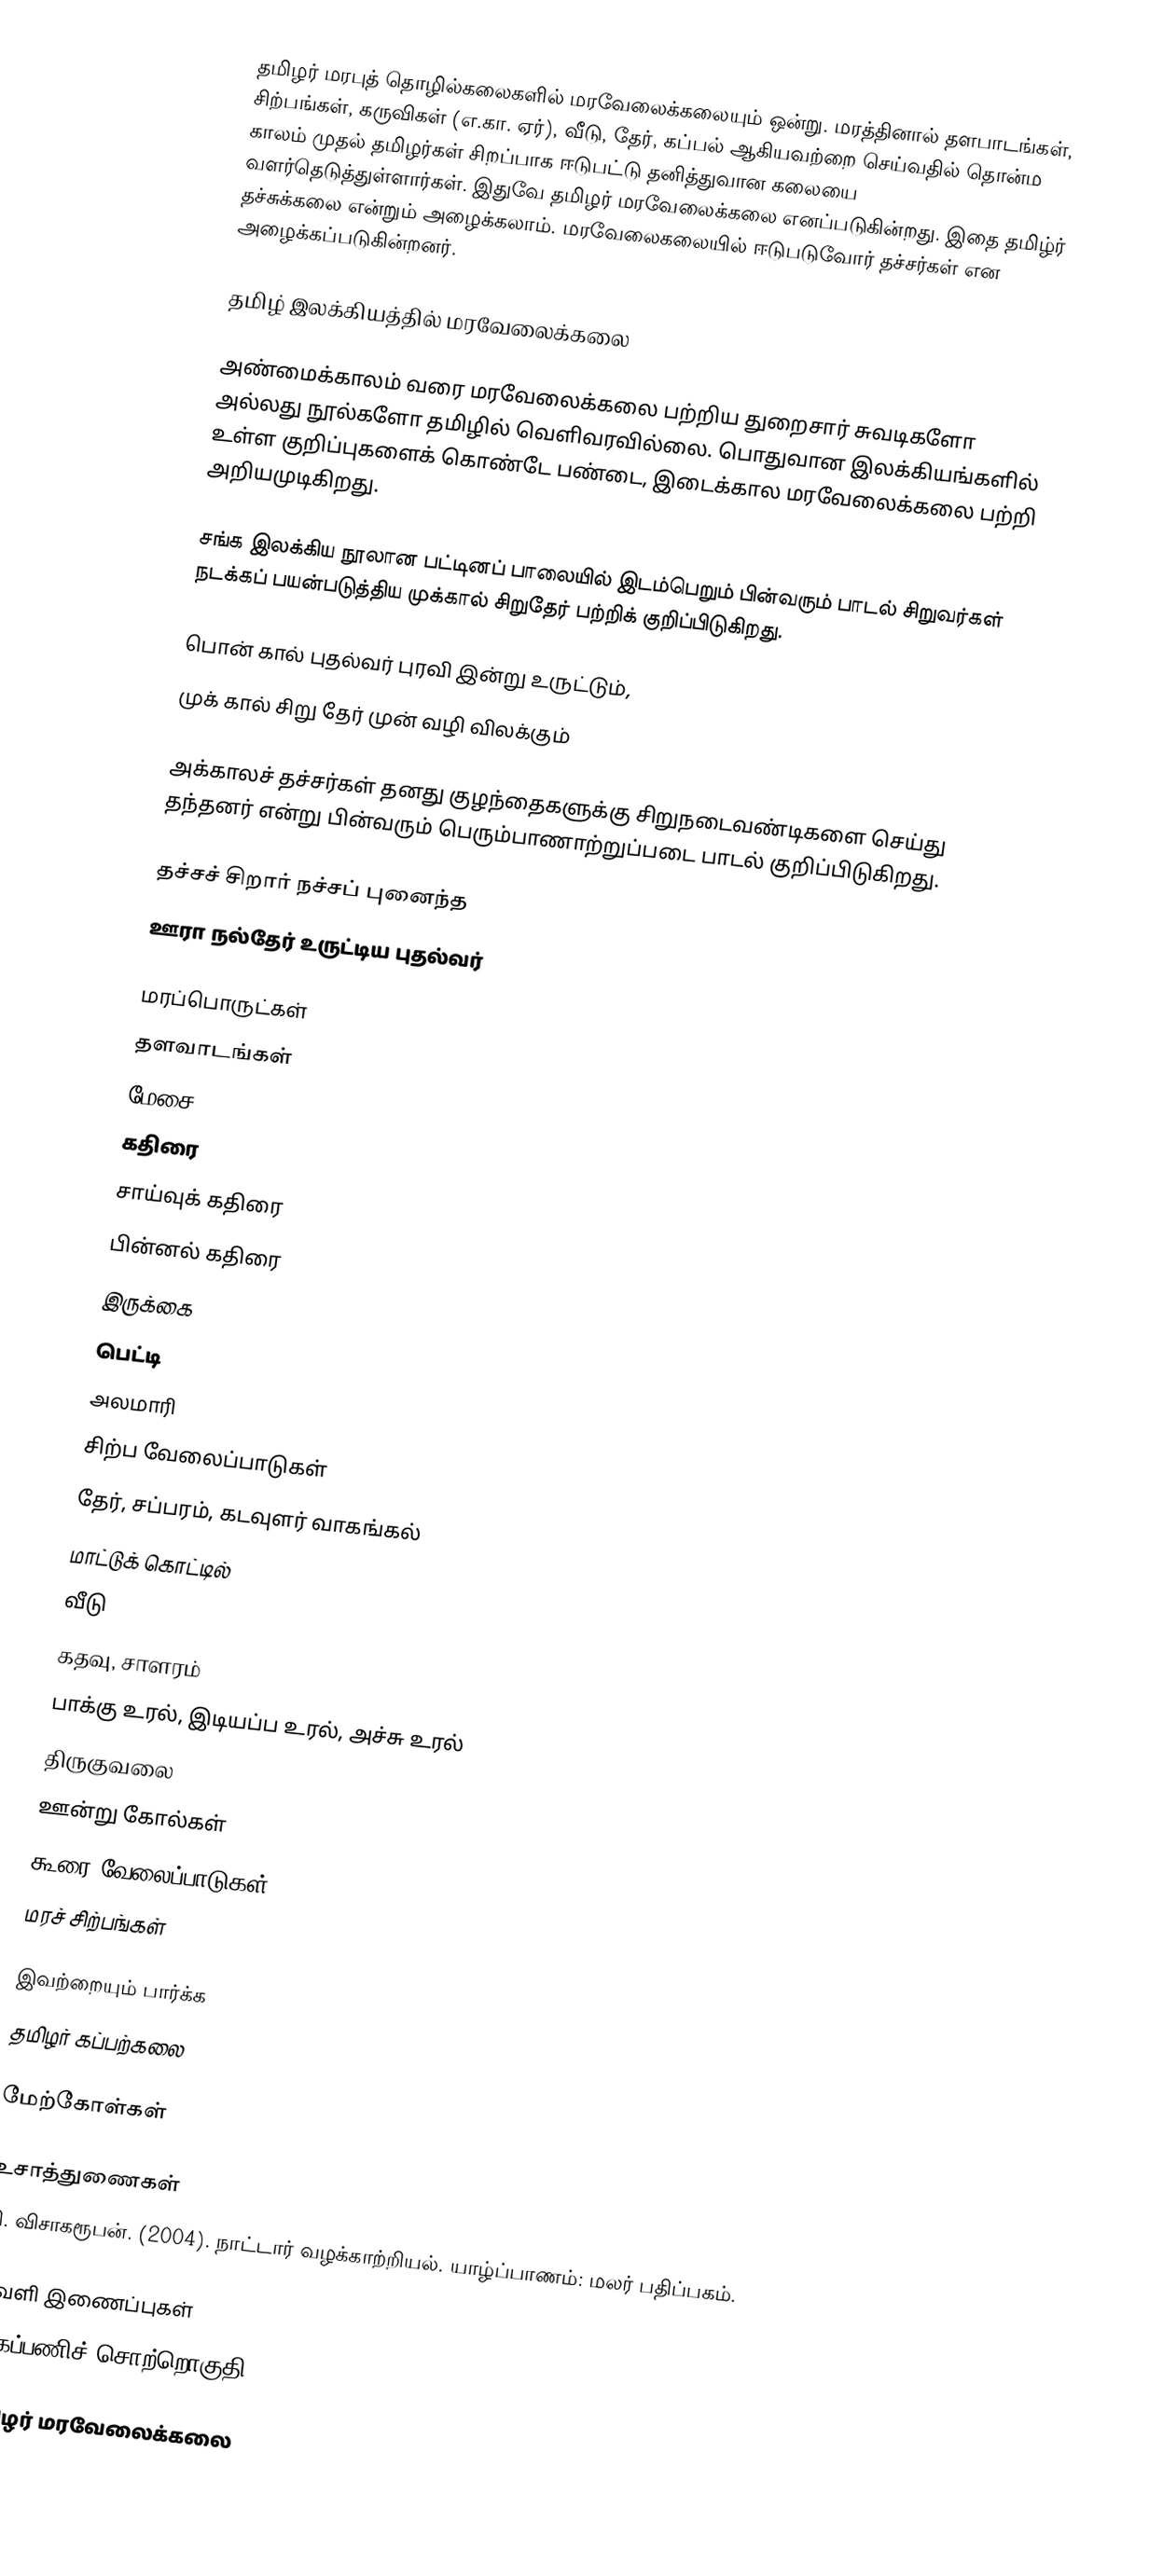
தமிழர் மரபுத் தொழில்கலைகளில் மரவேலைக்கலையும் ஒன்று.  மரத்தினால் தளபாடங்கள், சிற்பங்கள், கருவிகள் (எ.கா. ஏர்), வீடு, தேர், கப்பல் ஆகியவற்றை செய்வதில் தொன்ம காலம் முதல் தமிழர்கள் சிறப்பாக ஈடுபட்டு தனித்துவான கலையை வளர்தெடுத்துள்ளார்கள்.  இதுவே தமிழர் மரவேலைக்கலை எனப்படுகின்றது.  இதை தமிழ்ர் தச்சுக்கலை என்றும் அழைக்கலாம்.  மரவேலைகலையில் ஈடுபடுவோர் தச்சர்கள் என அழைக்கப்படுகின்றனர்.

தமிழ் இலக்கியத்தில் மரவேலைக்கலை

அண்மைக்காலம் வரை மரவேலைக்கலை பற்றிய துறைசார் சுவடிகளோ அல்லது நூல்களோ தமிழில் வெளிவரவில்லை.  பொதுவான இலக்கியங்களில் உள்ள குறிப்புகளைக் கொண்டே பண்டை, இடைக்கால மரவேலைக்கலை பற்றி அறியமுடிகிறது.

சங்க இலக்கிய நூலான பட்டினப் பாலையில் இடம்பெறும் பின்வரும் பாடல் சிறுவர்கள் நடக்கப் பயன்படுத்திய முக்கால் சிறுதேர் பற்றிக் குறிப்பிடுகிறது.

பொன் கால் புதல்வர் புரவி இன்று உருட்டும்,
முக் கால் சிறு தேர் முன் வழி விலக்கும்

அக்காலச் தச்சர்கள் தனது குழந்தைகளுக்கு சிறுநடைவண்டிகளை செய்து தந்தனர் என்று பின்வரும் பெரும்பாணாற்றுப்படை பாடல் குறிப்பிடுகிறது.

தச்சச் சிறார் நச்சப் புனைந்த
ஊரா நல்தேர் உருட்டிய புதல்வர்

மரப்பொருட்கள்
 தளவாடங்கள்
 மேசை
 கதிரை
 சாய்வுக் கதிரை
 பின்னல் கதிரை
 இருக்கை
 பெட்டி
 அலமாரி
 சிற்ப வேலைப்பாடுகள்
 தேர், சப்பரம், கடவுளர் வாகங்கல்
 மாட்டுக் கொட்டில்
 வீடு
 கதவு, சாளரம்
 பாக்கு உரல், இடியப்ப உரல், அச்சு உரல்
 திருகுவலை
 ஊன்று கோல்கள்
 கூரை வேலைப்பாடுகள்
 மரச் சிற்பங்கள்

இவற்றையும் பார்க்க
 தமிழர் கப்பற்கலை

மேற்கோள்கள்

உசாத்துணைகள்
 கி. விசாகரூபன். (2004). நாட்டார் வழக்காற்றியல்.  யாழ்ப்பாணம்: மலர் பதிப்பகம்.

வெளி இணைப்புகள்
 கைப்பணிச் சொற்றொகுதி 2 -

தமிழர் மரவேலைக்கலை